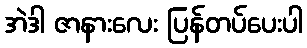
အဲဒါ ဇာနားလေး ပြန်တပ်ပေးပါ